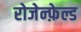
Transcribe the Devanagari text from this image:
रोजेन्फ़ेल्ड